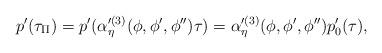
LaTeX: \begin{align*}p'(\tau_{\Pi})=p'(\alpha'^{(3)}_{\eta} (\phi,\phi',\phi'') \tau) = \alpha'^{(3)}_{\eta} (\phi,\phi',\phi'') p'_0 (\tau),\end{align*}